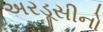
અરડૂસીનો